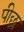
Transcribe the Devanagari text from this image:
पीछ्र